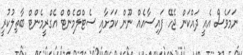
ނަމަވެސް އެއީ ދައްކަން ޖެހޭ ފައިސާއެއް ނޫން ކަމަށާއި ސެޓްލްމެންޓް އެގްރީމެންޓް ބާތިލުކުރީ